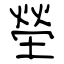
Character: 塋